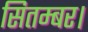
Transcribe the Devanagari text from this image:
सितम्बर।